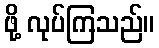
ဖို့ လုပ်ကြသည်။